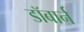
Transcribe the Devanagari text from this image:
डॉबार्न